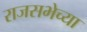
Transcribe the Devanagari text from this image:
राजसभेच्या